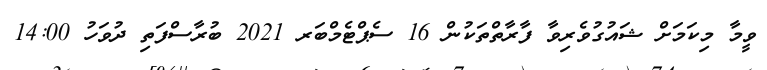
ވީމާ މިކަމަށް ޝައުގުވެރިވާ ފާރާތްތަކުން 16 ސެޕްޓެމްބަރ 2021 ބުރާސްފަތި ދުވަހު 14:00